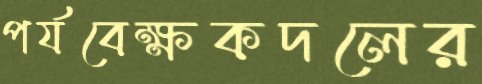
পর্যবেক্ষকদলের